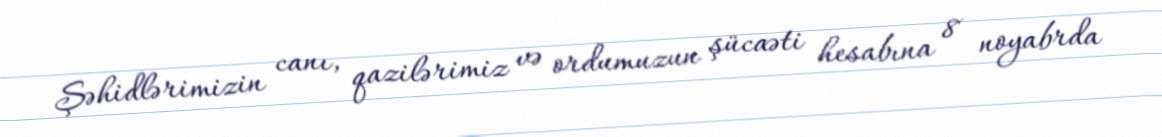
Şəhidlərimizin canı, qazilərimiz və ordumuzun şücaəti hesabına 8 noyabrda